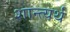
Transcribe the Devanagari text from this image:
शान्त्यर्थं